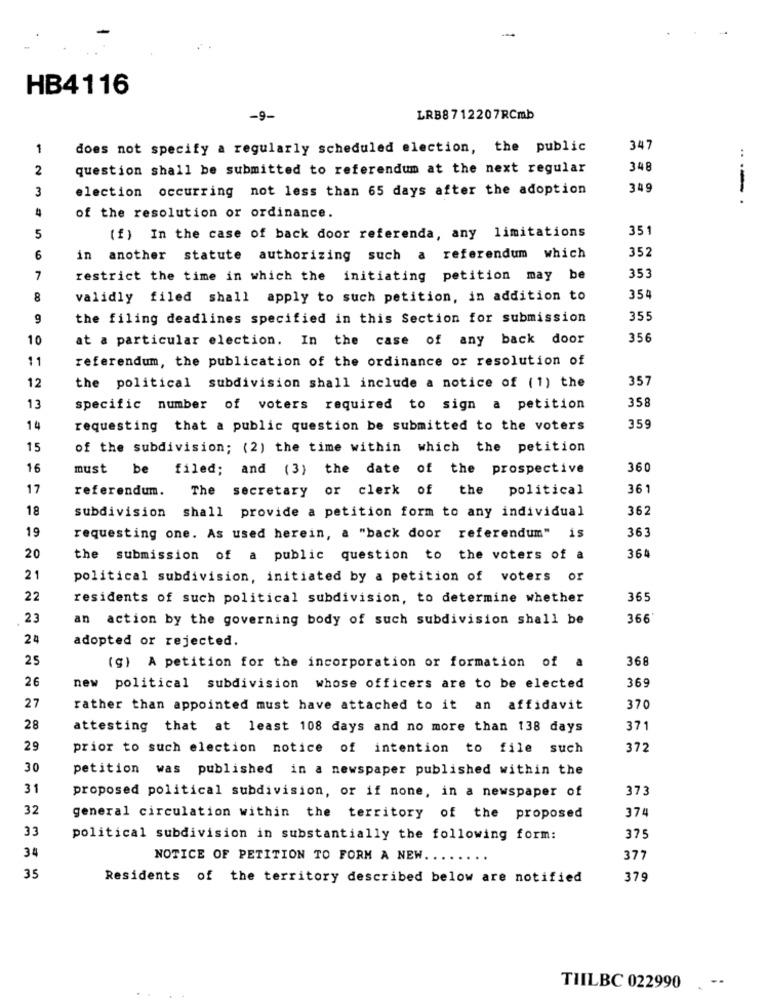
-
HB4116
-9-
LRB8712207RCmb
1
does not specify a regularly scheduled election, the public
347
2
question shall be submitted to referendum at the next regular
348
3
election occurring not less than 65 days after the adoption
349
-
of the resolution or ordinance.
351
5
(f) In the case of back door referenda, any limitations
352
6
in another statute authorizing such a referendum which
7
restrict the time in which the initiating petition may be
353
8
validly filed shall apply to such petition, in addition to
354
9
the filing deadlines specified in this Section for submission
355
10
at a particular election. In the case of any back door
356
11
referendum, the publication of the ordinance or resolution of
12
357
the political subdivision shall include a notice of (1) the
358
13
specific number of voters required to sign a petition
14
requesting that a public question be submitted to the voters
359
15
of the subdivision; (2) the time within which the petition
16
must be filed; and (3) the date of the prospective
360
17
referendum.
The secretary or clerk of the political
361
18
subdivision shall provide a petition form to any individual
362
19
363
requesting one. As used herein, a "back door referendum" is
364
20
the submission of a public question to the voters of a
21
political subdivision, initiated by a petition of voters or
22
residents of such political subdivision, to determine whether
365
23
an action by the governing body of such subdivision shall be
366
24
adopted or rejected.
25
368
(g) A petition for the incorporation or formation of a
26
369
new political subdivision whose officers are to be elected
27
rather than appointed must have attached to it an affidavit
370
28
attesting that at least 108 days and no more than 138 days
371
29
prior to such election notice of intention to file such
372
30
petition was published in a newspaper published within the
31
proposed political subdivision, or if none, in a newspaper of
373
32
general circulation within the territory of the proposed
374
33
political subdivision in substantially the following form:
375
34
NOTICE OF PETITION TO FORM A NEW.
377
35
Residents of the territory described below are notified
379
-.
TILBC 022990